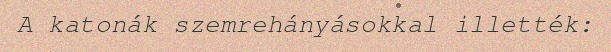
A katonák szemrehányásokkal illették: